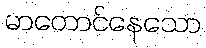
မာတောင်နေသော